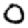
Digit: 0